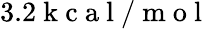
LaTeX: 3.2\mathrm{~k~c~a~l~}/\mathrm{~m~o~l~}